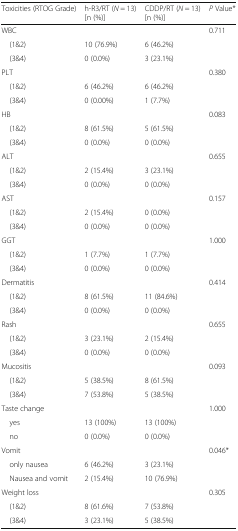
<table><thead><tr><td><b>Toxicities (RTOG Grade)</b></td><td><b>h-R3/RT (<i>N</i> = 13) [n (%)]</b></td><td><b>CDDP/RT (<i>N</i> = 13) [n (%)]</b></td><td><b><i>P</i> Value*</b></td></tr></thead><tbody><tr><td>WBC</td><td></td><td></td><td>0.711</td></tr><tr><td> (1&amp;2)</td><td>10 (76.9%)</td><td>6 (46.2%)</td><td></td></tr><tr><td> (3&amp;4)</td><td>0 (0.0%)</td><td>3 (23.1%)</td><td></td></tr><tr><td>PLT</td><td></td><td></td><td>0.380</td></tr><tr><td> (1&amp;2)</td><td>6 (46.2%)</td><td>6 (46.2%)</td><td></td></tr><tr><td> (3&amp;4)</td><td>0 (0.00%)</td><td>1 (7.7%)</td><td></td></tr><tr><td>HB</td><td></td><td></td><td>0.083</td></tr><tr><td> (1&amp;2)</td><td>8 (61.5%)</td><td>5 (61.5%)</td><td></td></tr><tr><td> (3&amp;4)</td><td>0 (0.0%)</td><td>0 (0.0%)</td><td></td></tr><tr><td>ALT</td><td></td><td></td><td>0.655</td></tr><tr><td> (1&amp;2)</td><td>2 (15.4%)</td><td>3 (23.1%)</td><td></td></tr><tr><td> (3&amp;4)</td><td>0 (0.0%)</td><td>0 (0.0%)</td><td></td></tr><tr><td>AST</td><td></td><td></td><td>0.157</td></tr><tr><td> (1&amp;2)</td><td>2 (15.4%)</td><td>0 (0.0%)</td><td></td></tr><tr><td> (3&amp;4)</td><td>0 (0.0%)</td><td>0 (0.0%)</td><td></td></tr><tr><td>GGT</td><td></td><td></td><td>1.000</td></tr><tr><td> (1&amp;2)</td><td>1 (7.7%)</td><td>1 (7.7%)</td><td></td></tr><tr><td> (3&amp;4)</td><td>0 (0.0%)</td><td>0 (0.0%)</td><td></td></tr><tr><td>Dermatitis</td><td></td><td></td><td>0.414</td></tr><tr><td> (1&amp;2)</td><td>8 (61.5%)</td><td>11 (84.6%)</td><td></td></tr><tr><td> (3&amp;4)</td><td>0 (0.0%)</td><td>0 (0.0%)</td><td></td></tr><tr><td>Rash</td><td></td><td></td><td>0.655</td></tr><tr><td> (1&amp;2)</td><td>3 (23.1%)</td><td>2 (15.4%)</td><td></td></tr><tr><td> (3&amp;4)</td><td>0 (0.0%)</td><td>0 (0.0%)</td><td></td></tr><tr><td>Mucositis</td><td></td><td></td><td>0.093</td></tr><tr><td> (1&amp;2)</td><td>5 (38.5%)</td><td>8 (61.5%)</td><td></td></tr><tr><td> (3&amp;4)</td><td>7 (53.8%)</td><td>5 (38.5%)</td><td></td></tr><tr><td>Taste change</td><td></td><td></td><td>1.000</td></tr><tr><td> yes</td><td>13 (100%)</td><td>13 (100%)</td><td></td></tr><tr><td> no</td><td>0 (0.0%)</td><td>0 (0.0%)</td><td></td></tr><tr><td>Vomit</td><td></td><td></td><td>0.046*</td></tr><tr><td> only nausea</td><td>6 (46.2%)</td><td>3 (23.1%)</td><td></td></tr><tr><td> Nausea and vomit</td><td>2 (15.4%)</td><td>10 (76.9%)</td><td></td></tr><tr><td>Weight loss</td><td></td><td></td><td>0.305</td></tr><tr><td> (1&amp;2)</td><td>8 (61.6%)</td><td>7 (53.8%)</td><td></td></tr><tr><td> (3&amp;4)</td><td>3 (23.1%)</td><td>5 (38.5%)</td><td></td></tr></tbody></table>